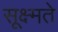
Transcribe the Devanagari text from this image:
सूक्ष्मते